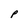
Character: P